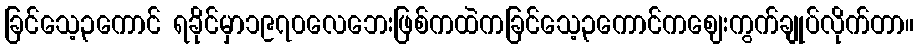
ခြင်သေ့၃ကောင် ရခိုင်မှာ၁၉၇၀လေဘေးဖြစ်ကထဲကခြင်သေ့၃ကောင်ကဈေးကွက်ချုပ်လိုက်တာ။